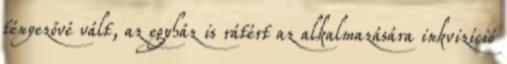
tényezővé vált, az egyház is rátért az alkalmazására inkvizíció